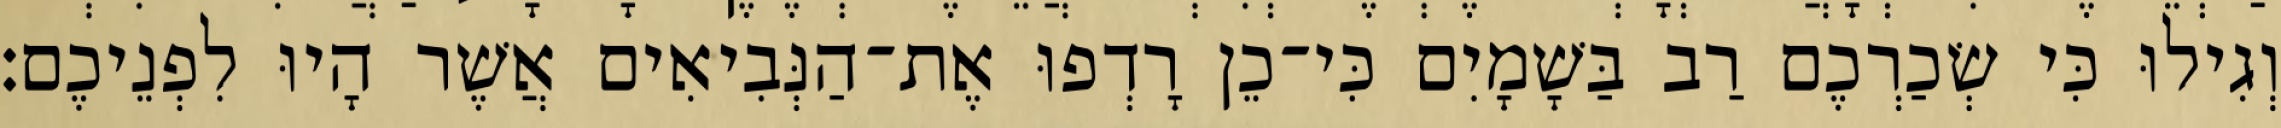
וְגִילוּ כִּי שְׂכַרְכֶם רַב בַּשָׁמָיִם כִּי־כֵן רָדְפוּ אֶת־הַנְּבִיאִים אֲשֶׁר הָיוּ לִפְנֵיכֶם׃